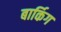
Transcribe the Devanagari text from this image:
बार्किग